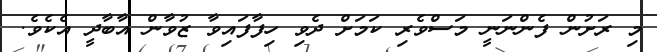
މި ރަށުން ފެންނަނީ މަސްވެރި ކަމަށް ދެވި ހިފާފައިވާ ޒުވާން އާބާދީ އެކެވެ.